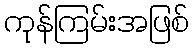
ကုန်ကြမ်းအဖြစ်